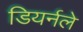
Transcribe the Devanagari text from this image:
डियर्नले